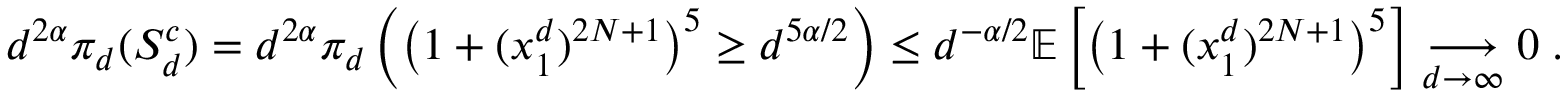
\begin{array} { r } { d ^ { 2 \alpha } \pi _ { d } ( S _ { d } ^ { c } ) = d ^ { 2 \alpha } \pi _ { d } \left( \left( 1 + ( x _ { 1 } ^ { d } ) ^ { 2 N + 1 } \right) ^ { 5 } \geq d ^ { 5 \alpha / 2 } \right) \leq d ^ { - \alpha / 2 } \ensuremath { \mathbb { E } \left[ \left( 1 + ( x _ { 1 } ^ { d } ) ^ { 2 N + 1 } \right) ^ { 5 } \right] } \underset { d \to \infty } { \longrightarrow } 0 \; . } \end{array}